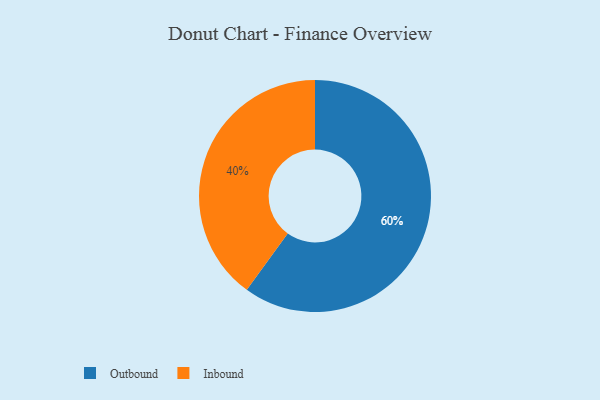
{"axis": {"x": "Category", "y": "Percentage"}, "legend": ["Inbound", "Outbound"], "data": [{"x": "Outbound", "y": 60, "type": "Outbound"}, {"x": "Inbound", "y": 40, "type": "Inbound"}]}